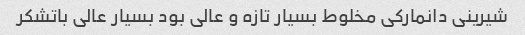
شیرینی دانمارکی مخلوط بسیار تازه و عالی بود بسیار عالی باتشکر